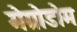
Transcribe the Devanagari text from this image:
मेग्रोडोम